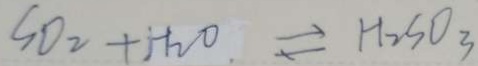
S O _ { 2 } + H _ { 2 } O \rightleftharpoons H _ { 2 } S O _ { 3 }